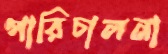
পারিচালনা